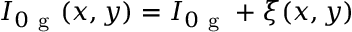
I _ { 0 \mathrm { ~ g ~ } } ( x , y ) = I _ { 0 \mathrm { ~ g ~ } } + \xi ( x , y )